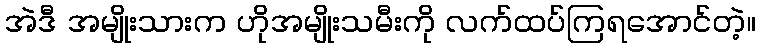
အဲဒီ အမျိုးသားက ဟိုအမျိုးသမီးကို လက်ထပ်ကြရအောင်တဲ့။